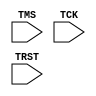
module TAP_FSM( input TMS, TCK, TRST

    );
    parameter Test_Logic_Reset = 4'd0;
    parameter Run_Test_Idle = 4'd1;
    parameter Select_DR_Scan = 4'd2;
    parameter Capture_DR = 4'd3;
    parameter Shift_DR = 4'd4;
    parameter Exit1_DR = 4'd5;
    parameter Pause_DR = 4'd6;
    parameter Exit2_DR = 4'd7;
    parameter Update_DR = 4'd8;
    parameter Select_IR_Scan = 4'd9;
    parameter Capture_IR = 4'd10;
    parameter Shift_IR = 4'd11;
    parameter Exit1_IR = 4'd12;
    parameter Pause_IR = 4'd13;
    parameter Exit2_IR = 4'd14;
    parameter Update_IR = 4'd15;
    
    reg [3:0]cur_state,nxt_state;
    
    // state updation
    always@(posedge TCK)
    begin
        if(TRST)
            cur_state <= Test_Logic_Reset;
        else
            cur_state <= nxt_state;
    end
    
    // state transition
    always@(cur_state, TMS)
    begin
         case(cur_state)
         Test_Logic_Reset : begin
                                if(TMS)
                                    nxt_state <= Test_Logic_Reset;
                                else
                                    nxt_state <= Run_Test_Idle;
                            end
                            
         Run_Test_Idle : begin
                            if(TMS)
                                nxt_state <= Select_DR_Scan;
                            else
                                nxt_state <= Run_Test_Idle;
                        end
         Select_DR_Scan : begin
                             if(TMS)
                                nxt_state <= Select_IR_Scan;
                             else
                                nxt_state <= Capture_DR;
                          end
         Capture_DR : begin
                        if(TMS)
                            nxt_state <= Exit1_DR;
                        else
                            nxt_state <= Shift_DR;
                      end
         Shift_DR : begin
                        if(TMS)
                            nxt_state <= Exit1_DR;
                        else
                            nxt_state <= Shift_DR;
                    end
         Exit1_DR : begin
                        if(TMS)
                            nxt_state <= Update_DR;
                        else
                            nxt_state <= Pause_DR;
                    end
         Pause_DR : begin
                        if(TMS)
                            nxt_state <= Exit2_DR;
                        else
                            nxt_state <= Pause_DR;
                    end
         Exit2_DR : begin
                        if(TMS)
                            nxt_state <= Update_DR;
                        else
                            nxt_state <= Shift_DR;
                    end
         Update_DR : begin
                        if(TMS)
                            nxt_state <= Select_DR_Scan;
                        else
                            nxt_state <= Run_Test_Idle;
                     end
         
         Select_IR_Scan : begin
                            if(TMS)
                                nxt_state <= Test_Logic_Reset;
                            else
                                nxt_state <= Capture_IR;
                          end
         Capture_IR : begin
                        if(TMS)
                            nxt_state <= Exit1_IR;
                        else
                            nxt_state <= Shift_IR;
                      end
         Shift_IR : begin
                        if(TMS)
                            nxt_state <= Exit1_IR;
                        else
                            nxt_state <= Shift_IR;
                    end
         Exit1_IR : begin
                        if(TMS)
                            nxt_state <= Update_IR;
                        else
                            nxt_state <= Pause_IR;
                    end
         Pause_IR : begin
                        if(TMS)
                            nxt_state <= Exit2_IR;
                        else
                            nxt_state <= Pause_IR;
                    end
         Exit2_IR : begin
                        if(TMS)
                            nxt_state <= Update_IR;
                        else
                            nxt_state <= Shift_IR;
                    end
        Update_IR : begin
                        if(TMS)
                            nxt_state <= Select_DR_Scan;
                        else
                            nxt_state <= Run_Test_Idle;
                    end
        default : nxt_state <= Test_Logic_Reset;
    endcase
    end
endmodule